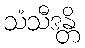
သံသီဒန္တိ